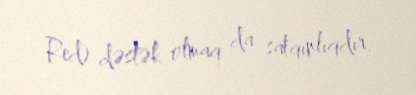
Red) dəstək olmaq da satqınlıqdır.